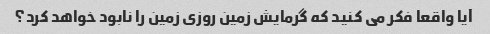
آیا واقعا فکر می کنید که گرمایش زمین روزی زمین را نابود خواهد کرد؟